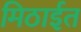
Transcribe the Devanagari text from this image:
मिठाईत